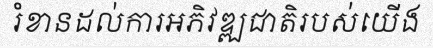
រំខានដល់ការអភិវឌ្ឍជាតិរបស់យើង